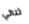
ثنائي